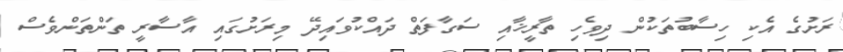
ރަށުގެ އެކި ހިސާބުތަކުން ދިވެހި ތާރީޚާއި ސަގާާފަތް ދައްކުވައިދޭ މިރަށުގައި އާސާރީ ތަންތަންވެސް